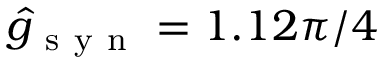
\hat { g } _ { \mathrm { ~ s ~ y ~ n ~ } } = 1 . 1 2 \pi / 4